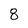
Character: 8